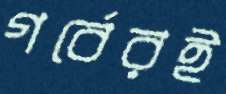
গর্বেরই